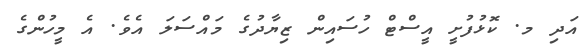
އަދި މ. ކޮޅުފުށީ އީސްޓް ހުސައިން ޒިޔާދުގެ މައްސަލަ އެވެ. އެ މީހުންގެ